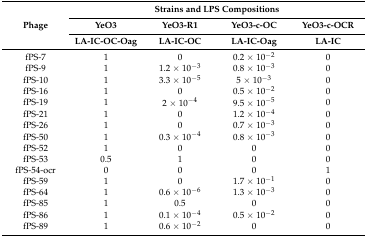
<table><thead><tr><td rowspan="3"><b>Phage</b></td><td colspan="4"><b>Strains and LPS Compositions</b></td></tr><tr><td><b>YeO3</b></td><td><b>YeO3-R1</b></td><td><b>YeO3-c-OC</b></td><td><b>YeO3-c-OCR</b></td></tr><tr><td><b>LA-IC-OC-Oag</b></td><td><b>LA-IC-OC</b></td><td><b>LA-IC-Oag</b></td><td><b>LA-IC</b></td></tr></thead><tbody><tr><td>fPS-7</td><td>1</td><td>0</td><td>0.2 × 10<sup>−2</sup></td><td>0</td></tr><tr><td>fPS-9</td><td>1</td><td>1.2 × 10<sup>−3</sup></td><td>0.8 × 10<sup>−3</sup></td><td>0</td></tr><tr><td>fPS-10</td><td>1</td><td>3.3 × 10<sup>−5</sup></td><td>5 × 10<sup>−3</sup></td><td>0</td></tr><tr><td>fPS-16</td><td>1</td><td>0</td><td>0.5 × 10<sup>−2</sup></td><td>0</td></tr><tr><td>fPS-19</td><td>1</td><td>2 × 10<sup>−4</sup></td><td>9.5 × 10<sup>−5</sup></td><td>0</td></tr><tr><td>fPS-21</td><td>1</td><td>0</td><td>1.2 × 10<sup>−4</sup></td><td>0</td></tr><tr><td>fPS-26</td><td>1</td><td>0</td><td>0.7 × 10<sup>−3</sup></td><td>0</td></tr><tr><td>fPS-50</td><td>1</td><td>0.3 × 10<sup>−4</sup></td><td>0.8 × 10<sup>−3</sup></td><td>0</td></tr><tr><td>fPS-52</td><td>1</td><td>0</td><td>0</td><td>0</td></tr><tr><td>fPS-53</td><td>0.5</td><td>1</td><td>0</td><td>0</td></tr><tr><td>fPS-54-ocr</td><td>0</td><td>0</td><td>0</td><td>1</td></tr><tr><td>fPS-59</td><td>1</td><td>0</td><td>1.7 × 10<sup>−1</sup></td><td>0</td></tr><tr><td>fPS-64</td><td>1</td><td>0.6 × 10<sup>−6</sup></td><td>1.3 × 10<sup>−3</sup></td><td>0</td></tr><tr><td>fPS-85</td><td>1</td><td>0.5</td><td>0</td><td>0</td></tr><tr><td>fPS-86</td><td>1</td><td>0.1 × 10<sup>−4</sup></td><td>0.5 × 10<sup>−2</sup></td><td>0</td></tr><tr><td>fPS-89</td><td>1</td><td>0.6 × 10<sup>−2</sup></td><td>0</td><td>0</td></tr></tbody></table>